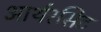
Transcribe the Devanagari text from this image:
आर्थरसिट